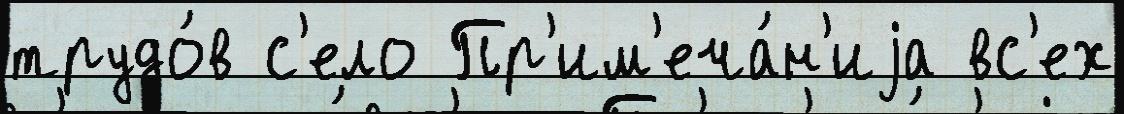
трудо́в с'ело Пр'им'еча́н'иjа вс'ех